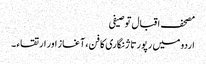
مصحف اقبال توصیفی
اردو میں رپورتاژ نگاری کا فن، آغاز اور ارتقاء ۔